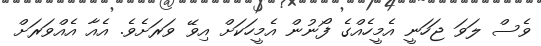
ވެސް ލަވަ ޖަހަނީ އެމީހެއްގެ ފޯނުން އެމީހަކަށް އިވޭ ވަރަށެވެ. އެއާ އެއްވަރަށް